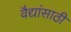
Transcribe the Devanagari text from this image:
वैद्यांसाठी